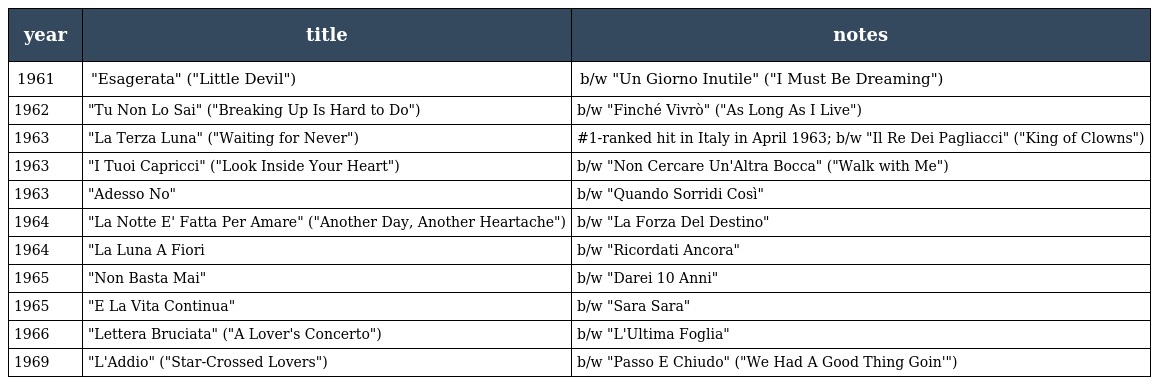
| year | title | notes |
 | --- | --- | --- |
 | 1961 | "Esagerata" ("Little Devil") | b/w "Un Giorno Inutile" ("I Must Be Dreaming") |
 | 1962 | "Tu Non Lo Sai" ("Breaking Up Is Hard to Do") | b/w "Finché Vivrò" ("As Long As I Live") |
 | 1963 | "La Terza Luna" ("Waiting for Never") | #1-ranked hit in Italy in April 1963; b/w "Il Re Dei Pagliacci" ("King of Clowns") |
 | 1963 | "I Tuoi Capricci" ("Look Inside Your Heart") | b/w "Non Cercare Un'Altra Bocca" ("Walk with Me") |
 | 1963 | "Adesso No" | b/w "Quando Sorridi Così" |
 | 1964 | "La Notte E' Fatta Per Amare" ("Another Day, Another Heartache") | b/w "La Forza Del Destino" |
 | 1964 | "La Luna A Fiori | b/w "Ricordati Ancora" |
 | 1965 | "Non Basta Mai" | b/w "Darei 10 Anni" |
 | 1965 | "E La Vita Continua" | b/w "Sara Sara" |
 | 1966 | "Lettera Bruciata" ("A Lover's Concerto") | b/w "L'Ultima Foglia" |
 | 1969 | "L'Addio" ("Star-Crossed Lovers") | b/w "Passo E Chiudo" ("We Had A Good Thing Goin'") |